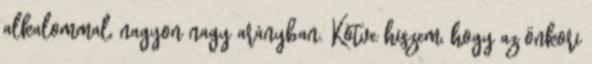
alkalommal, nagyon nagy arányban. Kötve hiszem, hogy az önkori